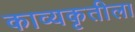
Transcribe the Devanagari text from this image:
काव्यकृतीला